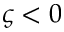
\varsigma < 0